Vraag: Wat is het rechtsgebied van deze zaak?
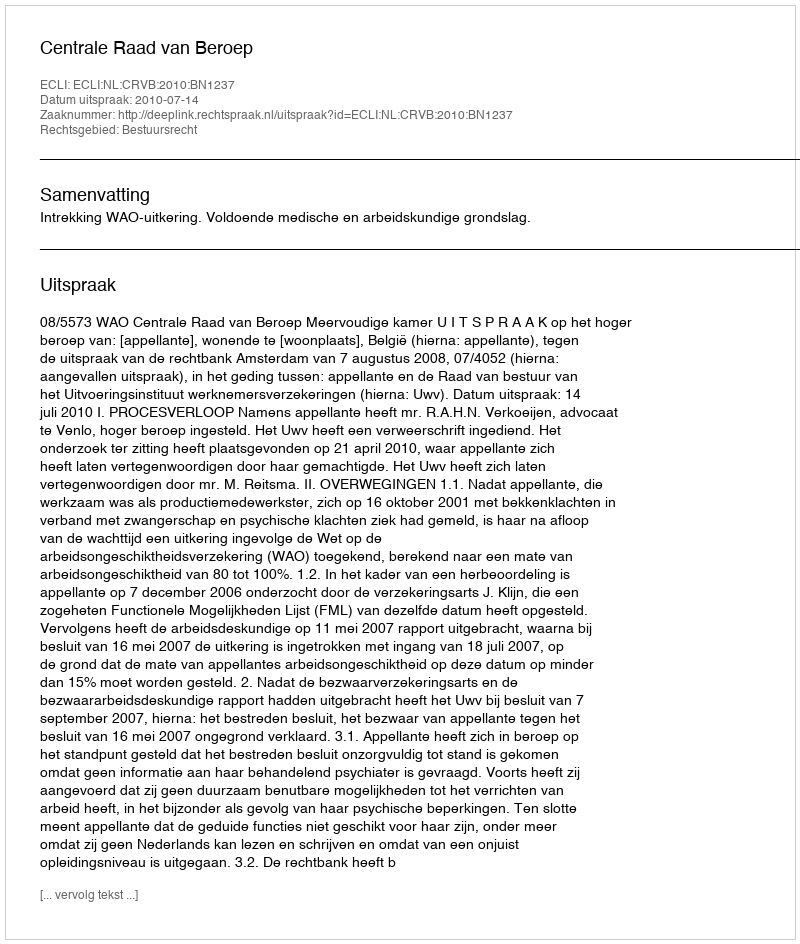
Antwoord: Bestuursrecht